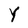
Character: Y